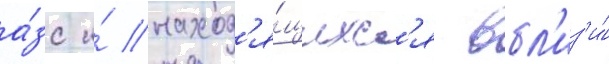
а́зс и́ наход'я́щихс'я вбл'из'и́